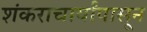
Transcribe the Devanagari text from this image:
शंकराचार्यांपासून